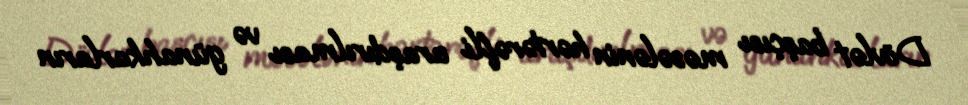
Dövlət başçısı məsələnin hərtərəfli araşdırılması və günahkarların